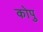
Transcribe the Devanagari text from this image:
कोपु